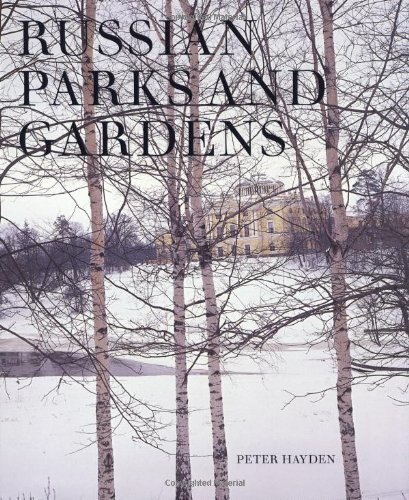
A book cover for Russian Parks and Gardens; Peter Hayden; Travel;